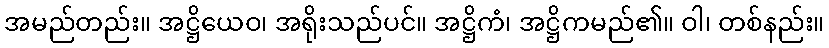
အမည်တည်း။ အဋ္ဌိယေဝ၊ အရိုးသည်ပင်။ အဋ္ဌိကံ၊ အဋ္ဌိကမည်၏။ ဝါ၊ တစ်နည်း။